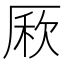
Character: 𠪁